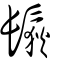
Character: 䯼